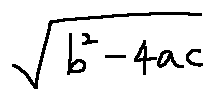
\sqrt { b ^ { 2 } - 4 a c }